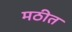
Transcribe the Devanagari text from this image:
मठीत